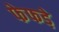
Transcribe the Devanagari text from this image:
फेफडे़